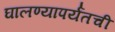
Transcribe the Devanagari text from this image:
घालण्यापर्यंतची